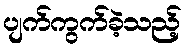
ပျက်ကွက်ခဲ့သည့်